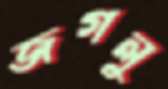
জগলু